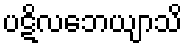
ပဋိလဘေယျာသိ